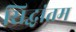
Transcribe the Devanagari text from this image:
सिद्धांतम